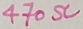
Text: 470Ω